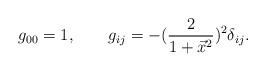
LaTeX: \begin{align*}g_{00} = 1,\qquad g_{ij} = - ({2 \over 1+ \vec x^2})^2 \delta_{ij}.\end{align*}